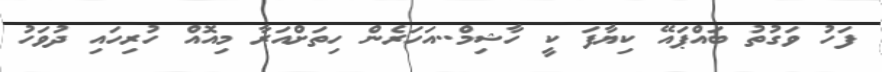
ފަހު ވަގުތު ބައްޕައޭ ކިޔާފަ ކީ ހާޝިމް..އަހަރެން ހިތަށްއަރާ މިއޮއް ހުރިހައި ދުވަހު